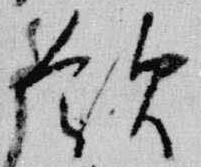
飲